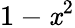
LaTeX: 1-\mathit{x}^{2}